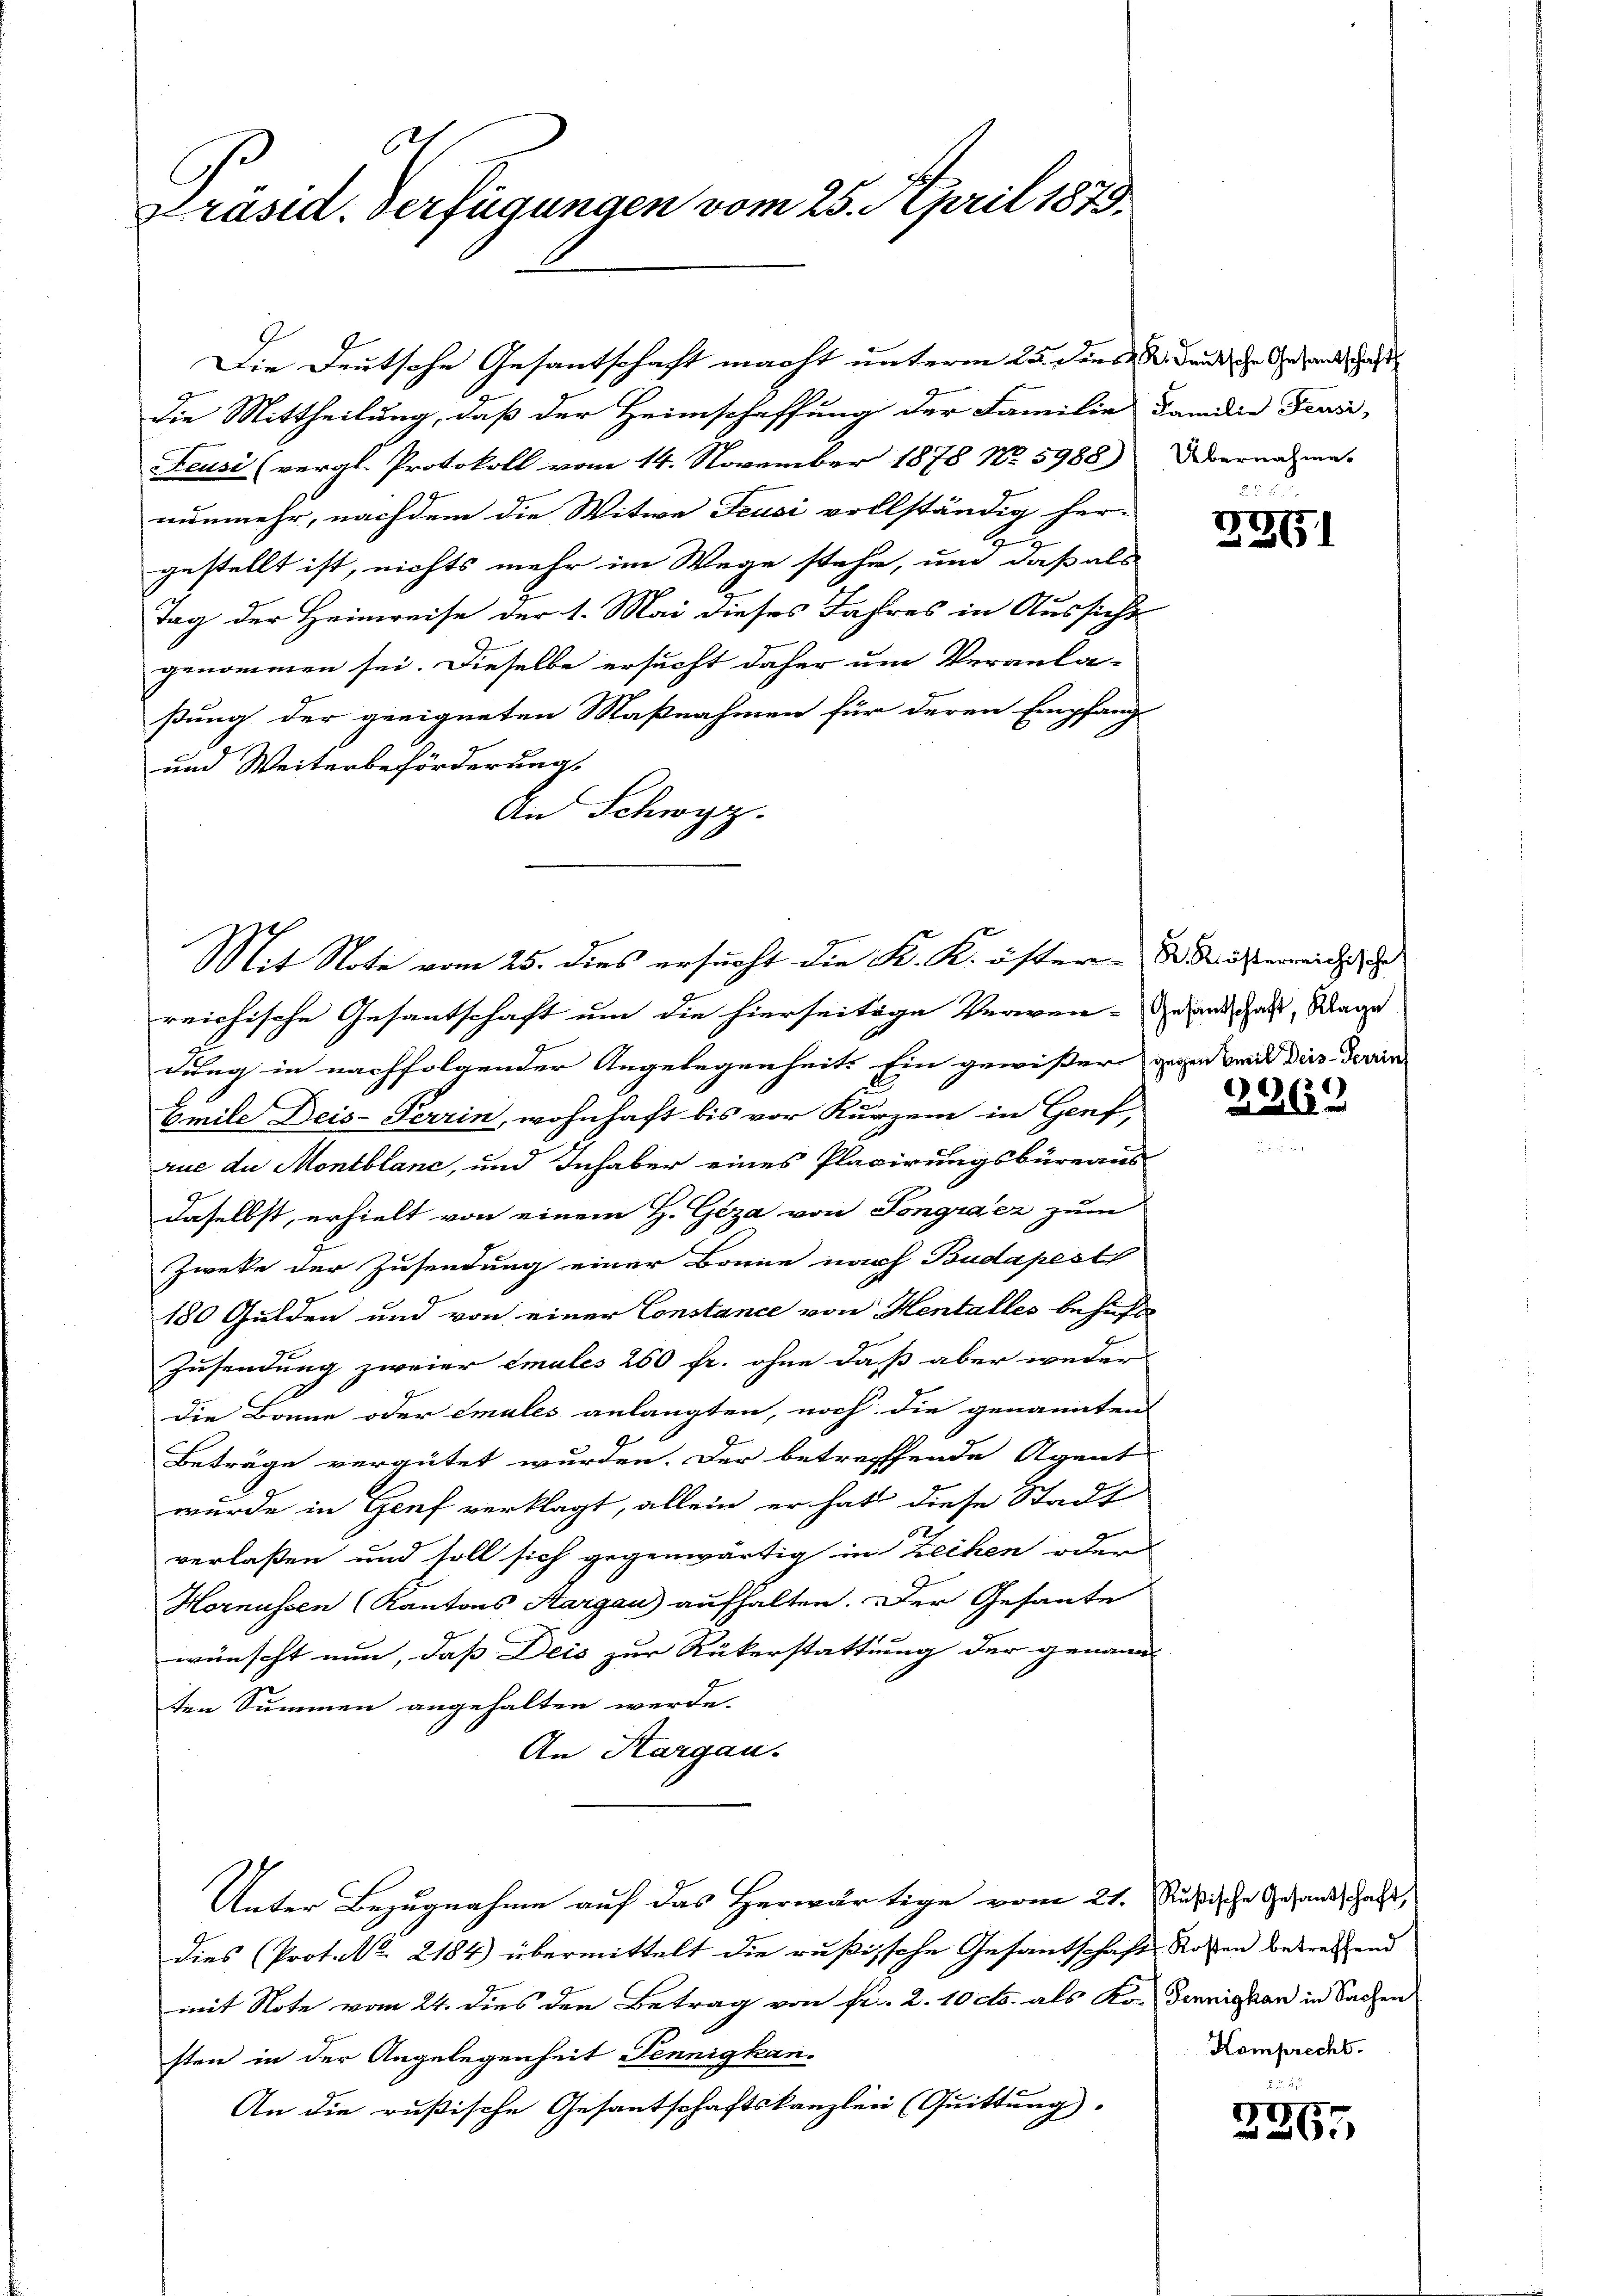
1
präsid. Verfügungen vom 25. April 1879.

die Mittheilung, daß der Heimschaffung der Familie dem die Fran-
Feusi (vergl. Protokoll vom 14. November 1878 No. 5988) Übernahme
nunmehr, nachdem die Witwe Feusi vollständig her-
gestellt ist, nichts mehr im Wege stehe, um daß als
Tag der Heimreise der 1. Mai dieses Jahres in Aussicht
genommen sei. Dieselbe ersucht daher um Veranla-
ßung der geeigneten Maßnahmen für deren Empfang
und Weiterbeförderung.
An Schwyz.

reichische Gesantschaft um die hierseitige Verwen- Veranschaft, Wage
dung in nachfolgender Angelegenheit Ein gewisser an und dies devan
Emile Deis-Terrin, wohnhaft bis vor Kurzen in Genf,
rue du Montblanc, und Inhaber eines Placirungsbüreaus
daselbst, erhielt von einem H. Geza von Songraez zum
Zwete der Zusendung einer Bonne nach Budapest
180 Gulden und von einer Constance von Hentalles behufi¬
Zusendung zweier Smules 260 fr. ohne daß aber weder
die Bonne oder emules anlangten, noch die genannten
Beträge vergütet wurden. Der betreffende Agent
wurde in Genf verklagt, allein er hat diese Stadt
verlaßen und soll sich gegenwärtig in Zechen oder
Hornussen (Kantons Aargau aufhalten. Der Gesante
wünscht nun, dass Deis zur Rükerstattung der genannt
ten Summen angehalten werde.
An Hargau.
Unter Bezugnahme auf das Herwärtige vom 21. Rußische Gesandtschaft,
dies (Prot. No. 2184) übermittelt die rußische Gesantschaft Rosen betreffend
mit Note vom 24. dies den Betrag von fr. 2. 10 cts. als Ko-Pennigen in Sachen
sten in der Angelegenheit Pennigkan.
An die rußische Gesantschaftskanzlei (Quittung.

Die Deutsche Gesantschaft macht unterm 25. ders d. Bund ihr Gesandtschaft

Mit Note vom 25. dies ersucht die K. K. öster Kösterwiese

2

2291

2262

Komprecht.

.
4
267